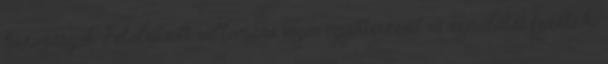
hazugságok. Felolvasott vallomása végén együttérzését és sajnálatát fejezte ki